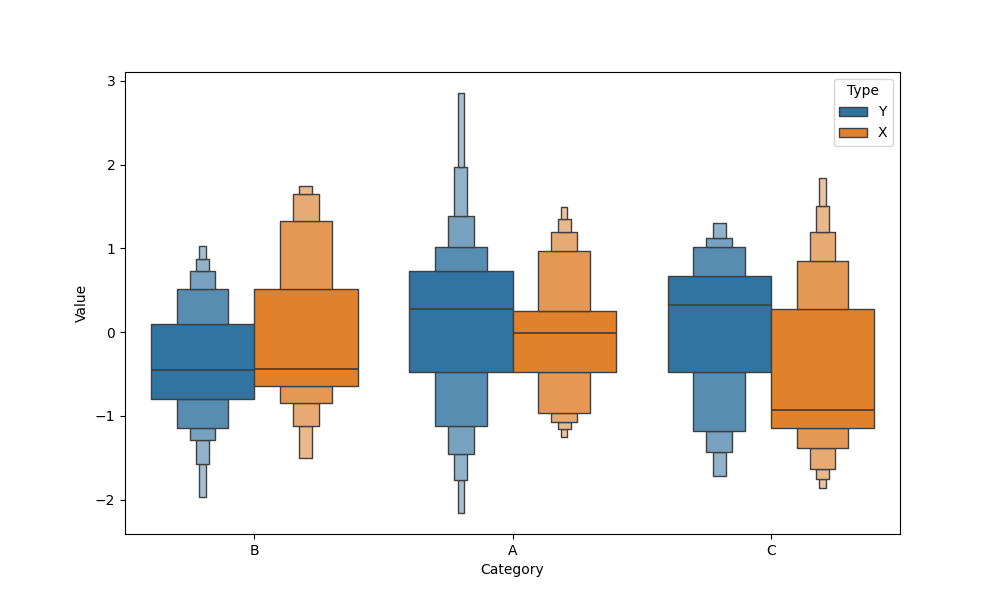
python, seaborn, boxenplot, k_depth='full', linewidth=1, scale='exponential', outlier_prop=0.1, showfliers=True